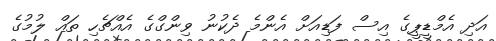
އަދި އެމްޑީޕީގެ އިސް ފަޑިއަށް އެންމެ ދެކުނު ވިންގްގެ އެއްޗެހި ތައް ލުމުގެ